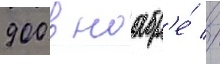
900 в ноабр'е́ //